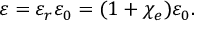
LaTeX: \varepsilon = \varepsilon _ { r } \varepsilon _ { 0 } = ( 1 + \chi _ { e } ) \varepsilon _ { 0 } .